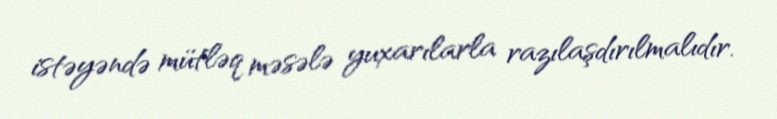
istəyəndə mütləq məsələ yuxarılarla razılaşdırılmalıdır.